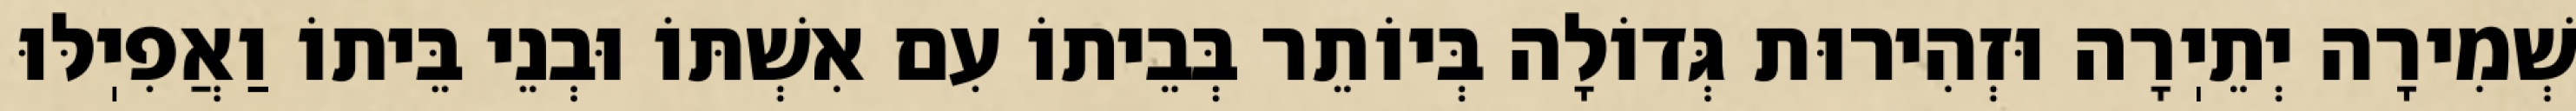
שְׁמִירָה יְתֵיֽרָה וּזְהִירוּת גְּדוֹלָה בְּיוֹתֵר בְּבֵיתוֹ עִם אִשְׁתּוֹ וּבְנֵי בֵּיתוֹ וַאֲפִיֽלּוּ